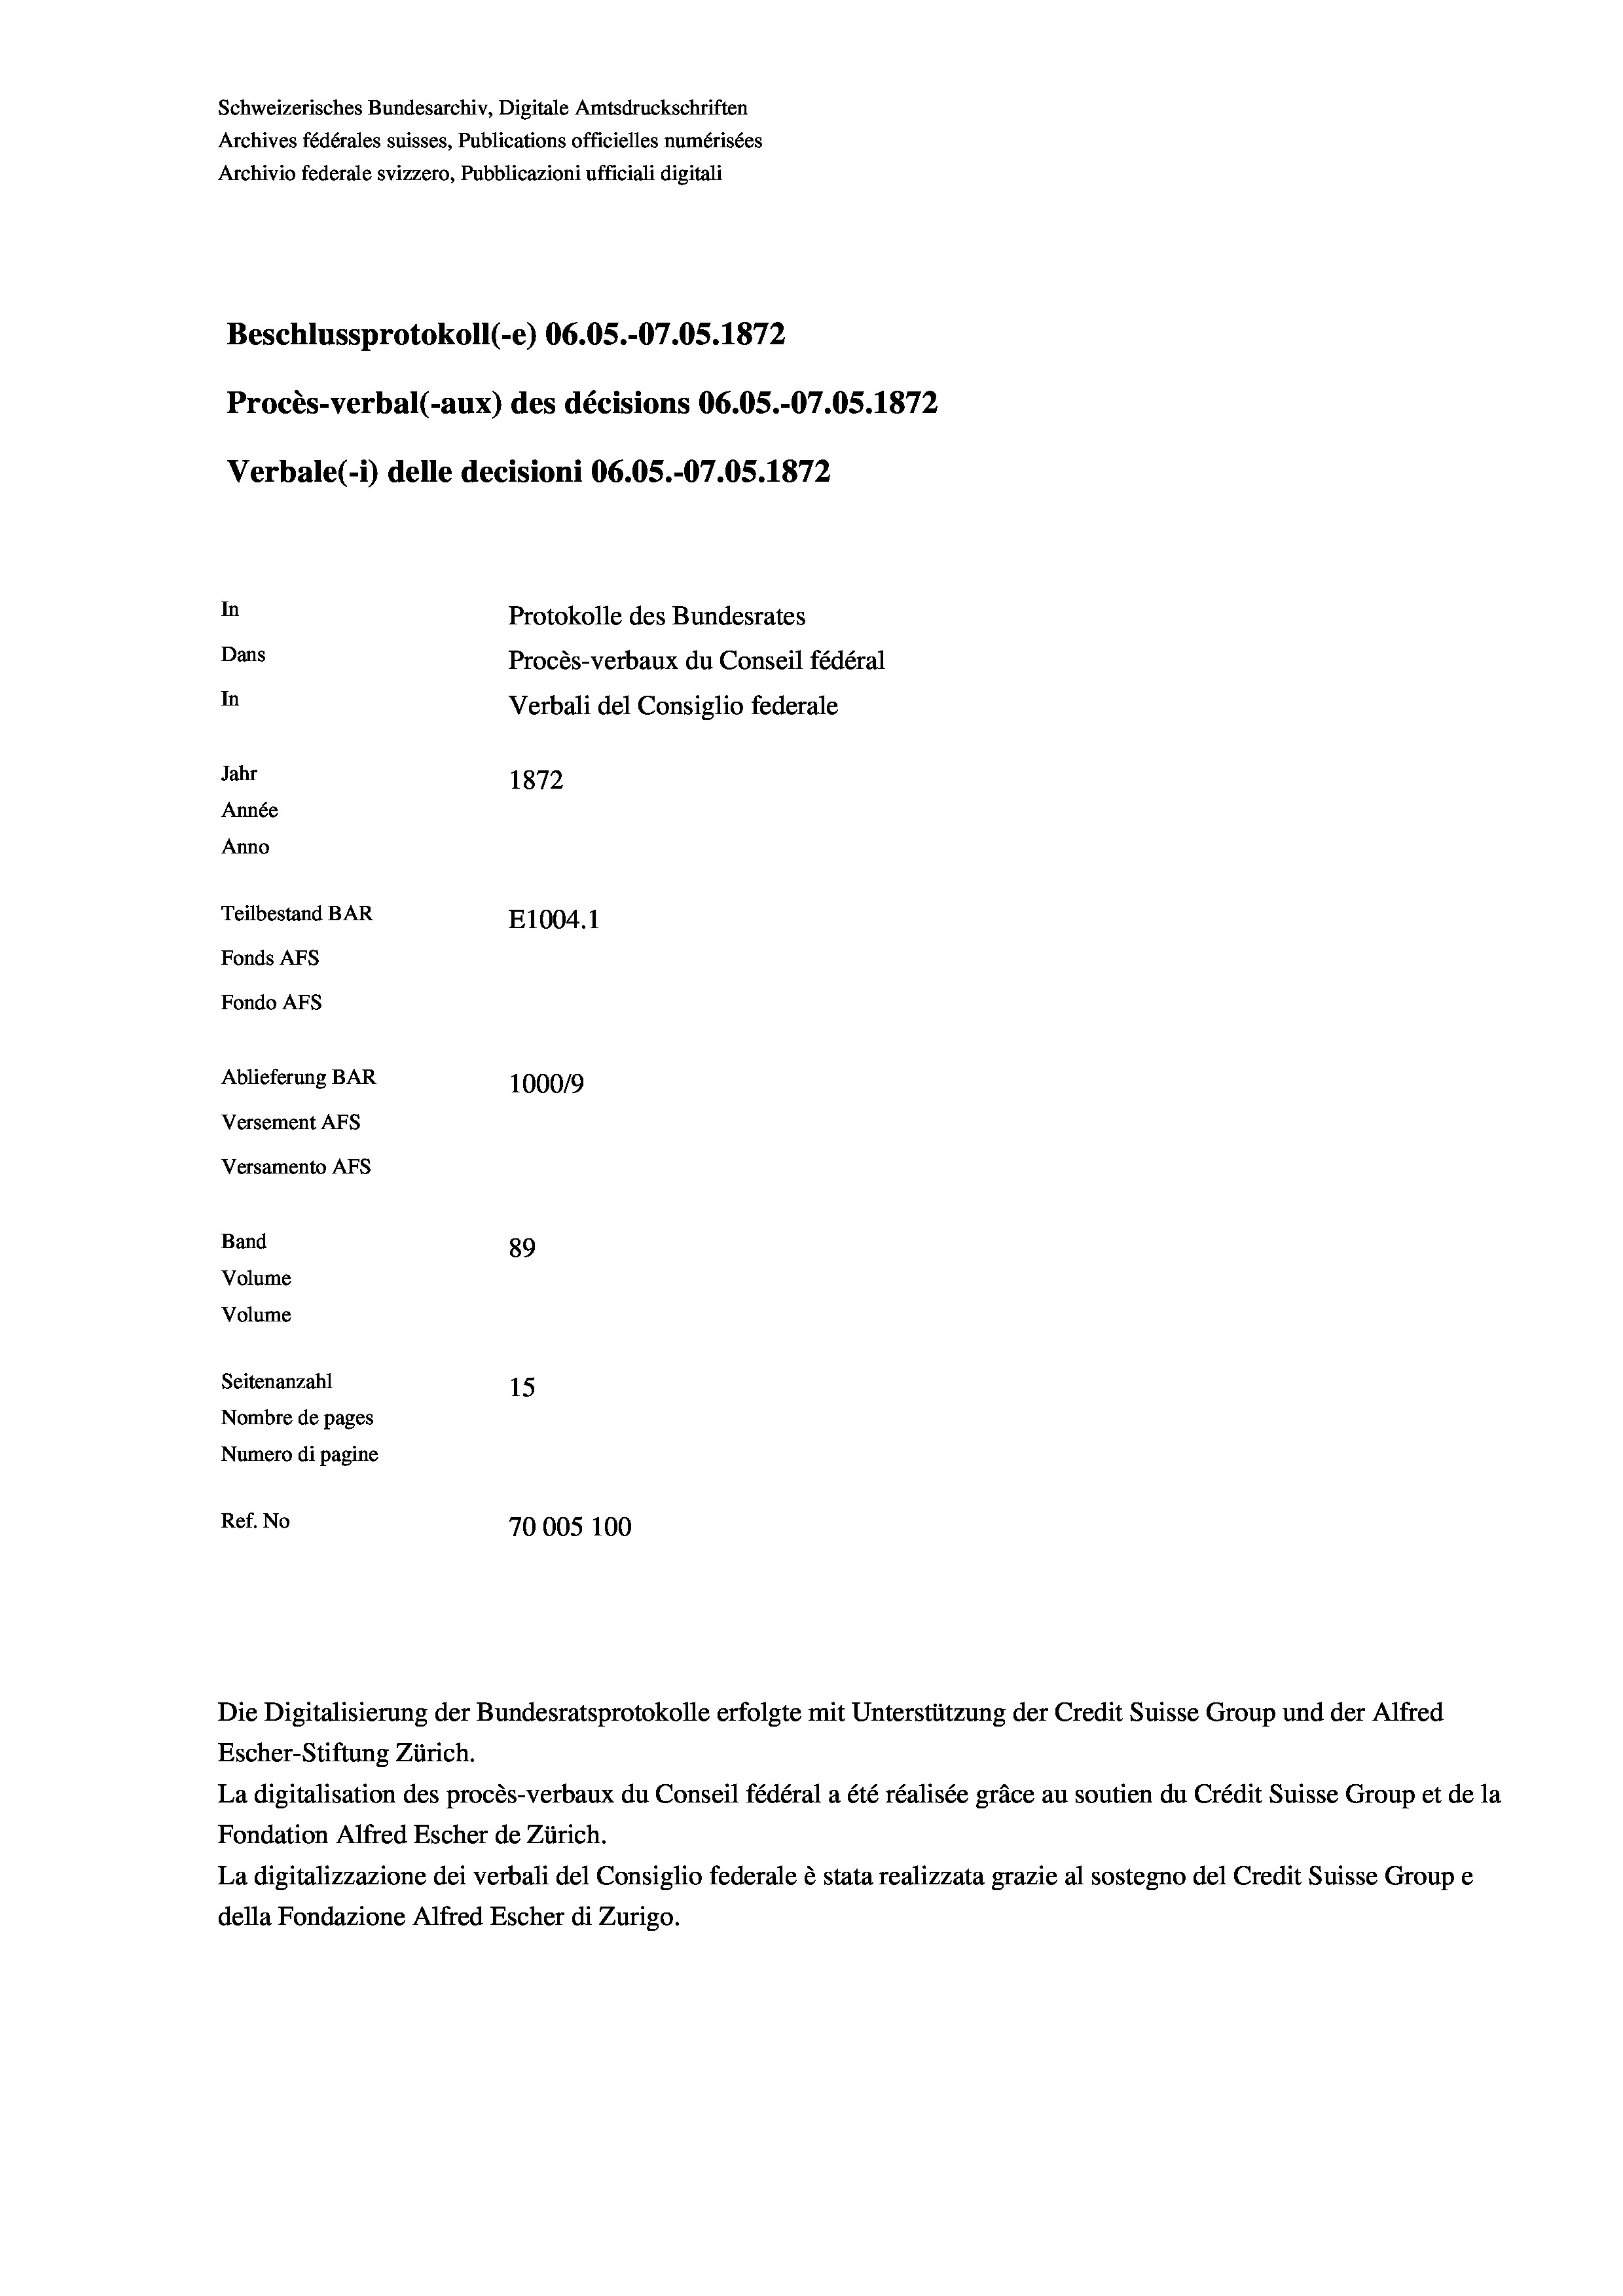
Schweizerisches Bundesarchiv, Digitale Amtsdruckschriften
Archives fédérales suisses, Publications officielles numérisées
Archivio federale svizzero, Pubblicazioni ufficiali digitali
Beschlussprotokoll (-e) 06.05.-O7.05. 1872
Procès-verbal (-aux) des décisions 06.OS.-07.05. 1872
Verbale (- 1) delle decisioni 06.05.-O7.05. 1872
In
Protokolle des Bundesrates
Dans
Procès-verbaux du Conseil fédéral
In
Verbali del Consiglio federale
Jahr
1872
Année
Anno
Teilbestand BAR
E1004.1
Fonds AFs
Fondo AFS
Ablieferung BAR
100019
Versement AFs
Versamento Afs
Band
89
Volume
Volume
Seitenanzahl
15
Nombre de pages
Numero di pagine
Ref. No
70005 100

Escher-Stiftung Zürich.
La digitalisation des procès-verbaux du Conseil fédéral a été réalisée gräce au soutien du Crédit Suisse Group et de la
Fondation Alfred Escher de Zürich.
La digitalizzazione dei verbali del Consiglio federale è stata realizzata grazie al sostegno del Credit Suisse Groupe
della Fondazione Alfred Escher di Zurigo.

Die Digitalisierung der Bundesratsprotokolle erfolgte mit Unterstützung der Credit Suisse Group und der Alfred